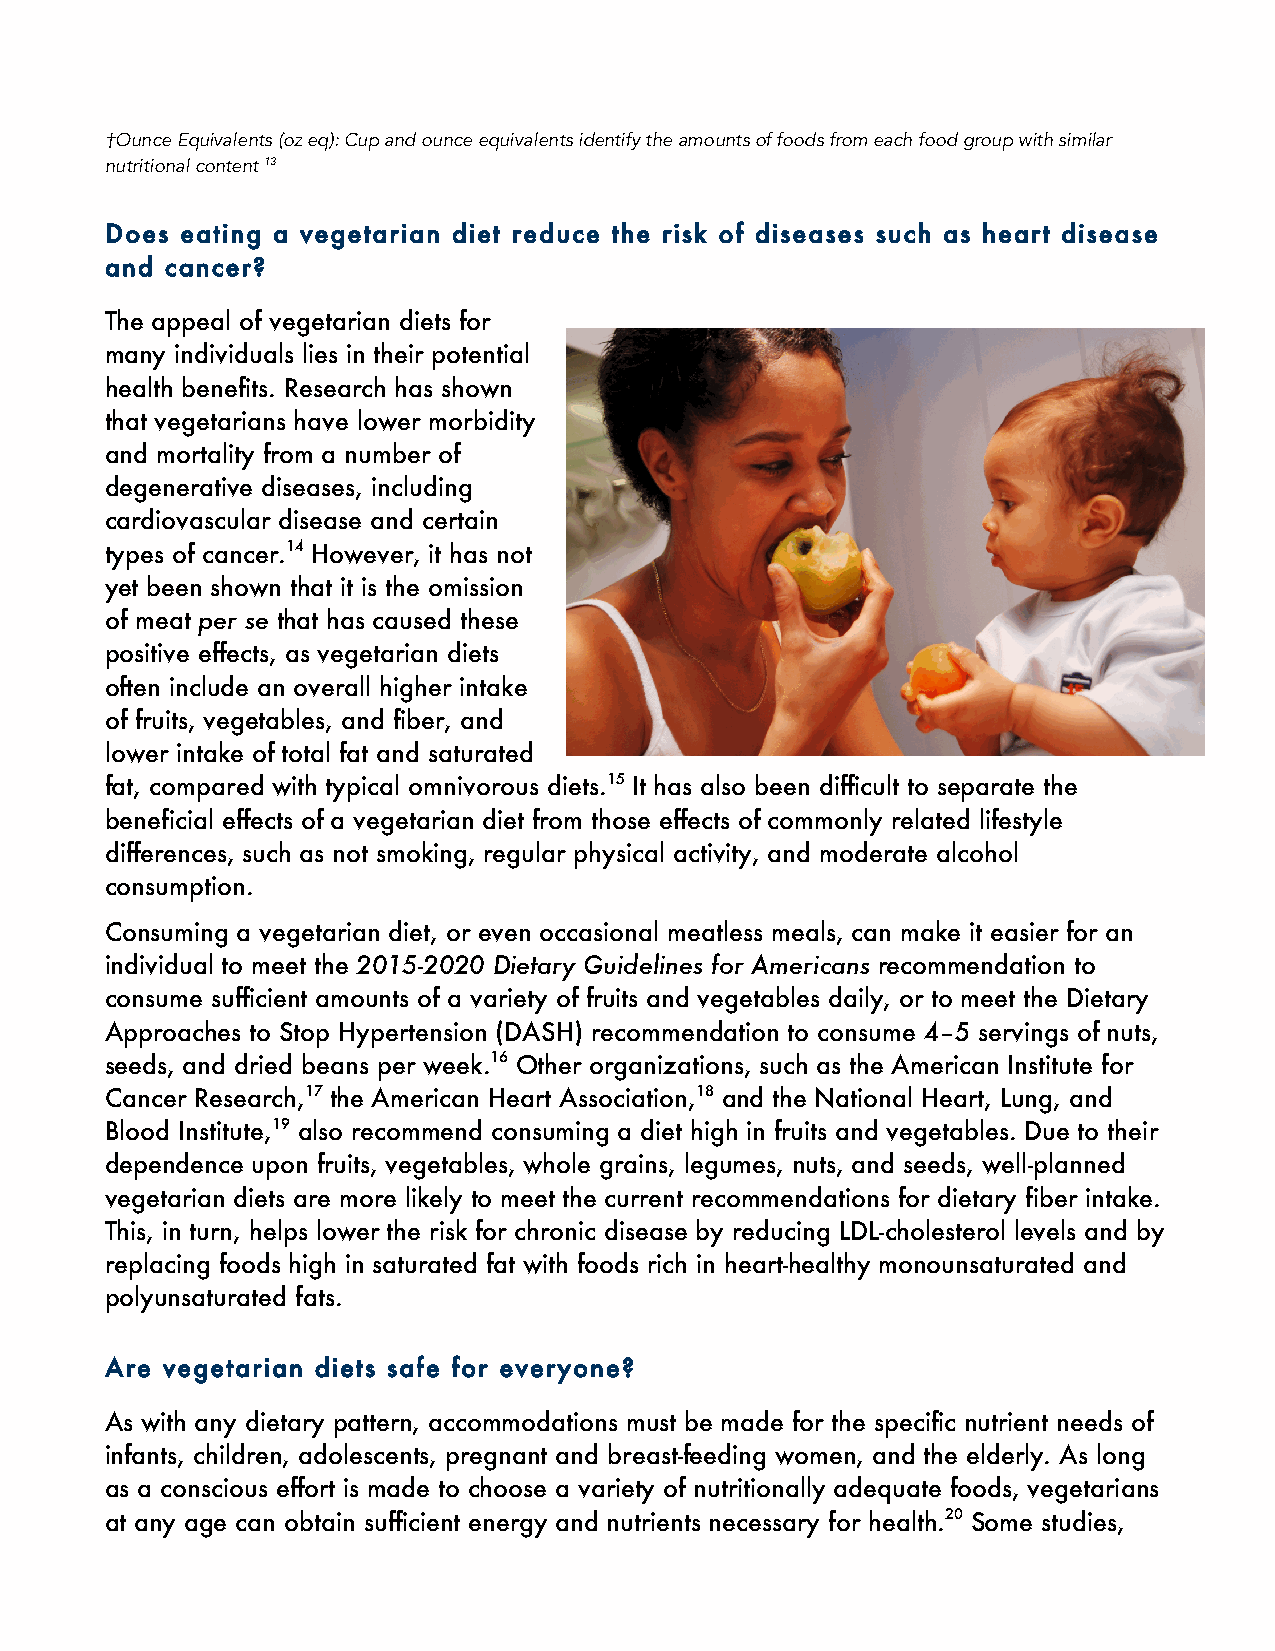
†Ounce Equivalents (oz eq): Cup and ounce equivalents identify the amounts of foods from each food group with similar
 nutritional content 13
 Does eating a vegetarian diet reduce the risk of diseases such as heart disease
 and cancer?
 The appeal of vegetarian diets for
 many individuals lies in their potential
 health benefits. Research has shown
 that vegetarians have lower morbidity
 and mortality from a number of
 degenerative diseases, including
 cardiovascular disease and certain
 types of cancer.14 However, it has not
 yet been shown that it is the omission
 of meat per se that has caused these
 positive effects, as vegetarian diets
 often include an overall higher intake
 of fruits, vegetables, and fiber, and
 lower intake of total fat and saturated
 fat, compared with typical omnivorous diets.15 It has also been difficult to separate the
 beneficial effects of a vegetarian diet from those effects of commonly related lifestyle
 differences, such as not smoking, regular physical activity, and moderate alcohol
 consumption.
 Consuming a vegetarian diet, or even occasional meatless meals, can make it easier for an
 individual to meet the 2015-2020 Dietary Guidelines for Americans recommendation to
 consume sufficient amounts of a variety of fruits and vegetables daily, or to meet the Dietary
 Approaches to Stop Hypertension (DASH) recommendation to consume 4–5 servings of nuts,
 seeds, and dried beans per week.16 Other organizations, such as the American Institute for
 Cancer Research,17 the American Heart Association,18 and the National Heart, Lung, and
 Blood Institute,19 also recommend consuming a diet high in fruits and vegetables. Due to their
 dependence upon fruits, vegetables, whole grains, legumes, nuts, and seeds, well-planned
 vegetarian diets are more likely to meet the current recommendations for dietary fiber intake.
 This, in turn, helps lower the risk for chronic disease by reducing LDL-cholesterol levels and by
 replacing foods high in saturated fat with foods rich in heart-healthy monounsaturated and
 polyunsaturated fats.
 Are vegetarian diets safe for everyone?
 As with any dietary pattern, accommodations must be made for the specific nutrient needs of
 infants, children, adolescents, pregnant and breast-feeding women, and the elderly. As long
 as a conscious effort is made to choose a variety of nutritionally adequate foods, vegetarians
 at any age can obtain sufficient energy and nutrients necessary for health.20 Some studies,